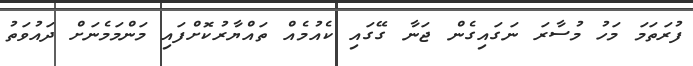
ފުރަތަމަ މަހު މުސާރަ ނަގައިގެން ޖަނާ ގޭގައި ކެއުމެއް ތައްޔާރުކޮށްފައި މަންމަމެނަށް ދައުވަތު